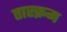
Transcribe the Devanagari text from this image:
तारक्रम